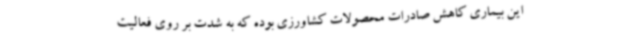
این بیماری کاهش صادرات محصولات کشاورزی بوده که به شدت بر روی فعالیت